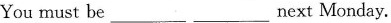
You must be ___ ___ next Monday.